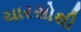
ચારસોથી